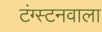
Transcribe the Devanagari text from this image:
टंग्स्टनवाला